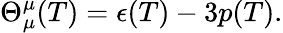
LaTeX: \Theta_{\mu}^{\mu}(T)=\epsilon(T)-3p(T).